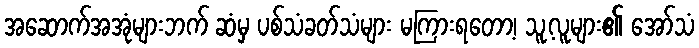
အဆောက်အအုံများဘက် ဆံမှ ပစ်သံခတ်သံများ မကြားရတော့၊ သူ့လူများ၏ အော်သံ